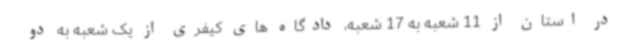
در استان از 11 شعبه به 17 شعبه، دادگاه های کیفری از یک شعبه به دو